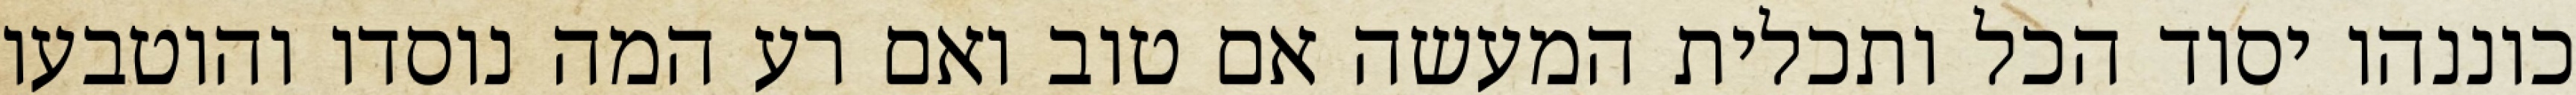
כוננהו יסוד הכל ותכלית המעשה אם טוב ואם רע המה נוסדו והוטבעו